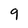
Character: 9